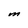
Character: M